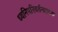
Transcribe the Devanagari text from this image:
ध्वनिपरिवर्तनात्मक